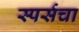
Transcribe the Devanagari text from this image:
स्पर्सचा